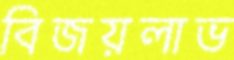
বিজয়লাভ